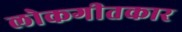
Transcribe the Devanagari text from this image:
लोकगीतकार